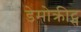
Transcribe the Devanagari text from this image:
डेमोक्रीट्स